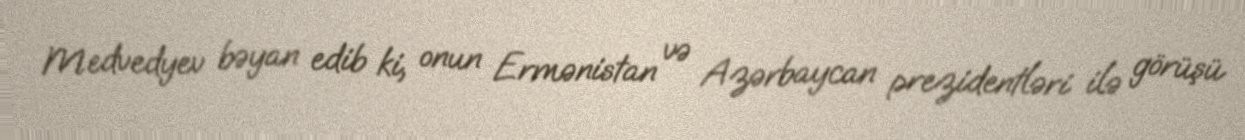
Medvedyev bəyan edib ki, onun Ermənistan və Azərbaycan prezidentləri ilə görüşü